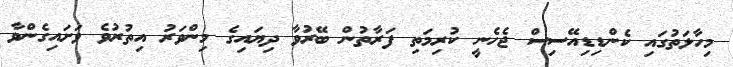
މިހާލަތުގައި ކެންޑިޑިއޭސިސް ޖެހެނީ ކުރިމަތި ފަރާތުން ބޭރުވާ ދިޔައިގެ މިންވަރު އިތުރުވެ ވަށައިގެންވާ